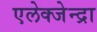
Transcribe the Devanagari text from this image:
एलेक्जेन्द्रा